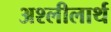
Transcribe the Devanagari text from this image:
अश्लीलार्थ